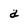
Character: a